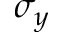
\sigma _ { y }